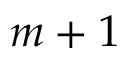
m + 1